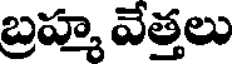
బ్రహ్మ వేత్తలు